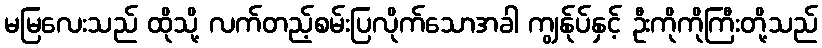
မမြလေးသည် ထိုသို့ လက်တည့်စမ်းပြလိုက်သောအခါ ကျွန်ုပ်နှင့် ဦးကိုကိုကြီးတို့သည်